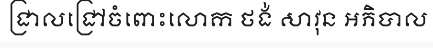
ជ្រាលជ្រៅចំពោះលោក ថង់ សាវុន អភិបាល